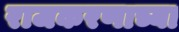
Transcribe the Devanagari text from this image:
राजकरणाच्या